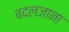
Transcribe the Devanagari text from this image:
बदलजाना